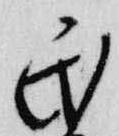
民